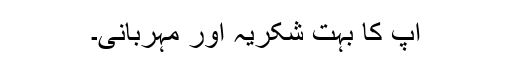
آپ کا بہت شکریہ اور مہربانی۔